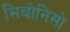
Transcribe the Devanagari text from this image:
सिबोनिसो